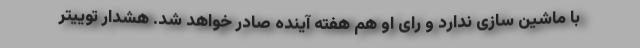
با ماشین سازی ندارد و رای او هم هفته آینده صادر خواهد شد. هشدار توییتر